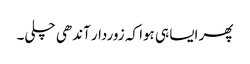
پھر ایسا ہی ہوا کہ زوردار آندھی چلی۔